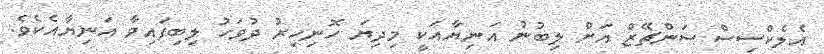
އެލެކްސިސް ސަންޗޭޒް އަށް ލިބުނު އަނިޔާއަކީ މިދިޔަ ހޮނިހިރު ދުވަހު ލިބިފައިވާ އަނިޔާއެކެވެ.